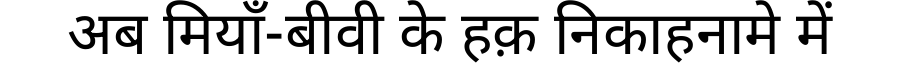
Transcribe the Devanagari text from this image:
अब मियाँ-बीवी के हक़ निकाहनामे में